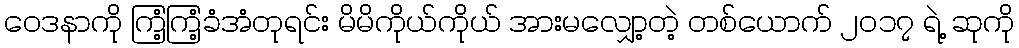
ဝေဒနာကို ကြံ့ကြံ့ခံအံတုရင်း မိမိကိုယ်ကိုယ် အားမလျှော့တဲ့ တစ်ယောက် ၂၀၁၇ ရဲ့ ဆုကို